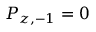
P _ { z , - 1 } = 0